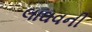
લાઘવની